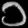
Digit: ၁